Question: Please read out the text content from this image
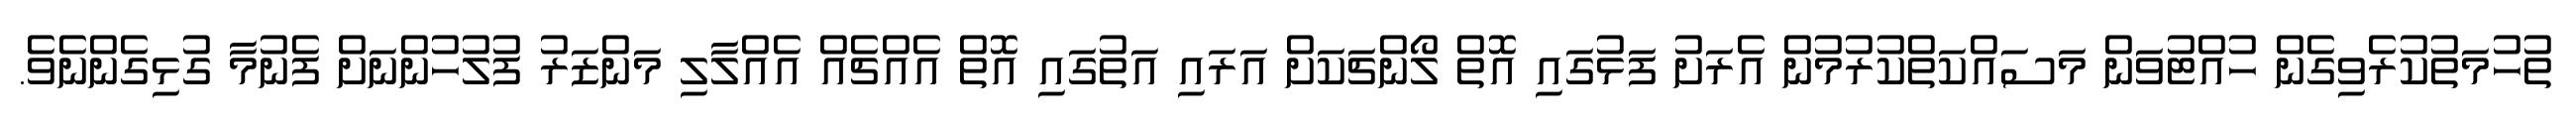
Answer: ތުހުމަތުކުރެވިގެން ހުއްޓުވަން މަސައްކަތްކުރުމުން އެރަށު ފަޅުގައި އޮތް ލޯންޗަކަށް އަރައި އަތުގައި އޮތް އެއްޗެއް އެއްލާލި މަންޒަރު ފުލުހުންނަށް ފެނުމާ ގުޅިގެންނެވެ.